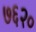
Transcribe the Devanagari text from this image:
७६२०